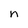
Character: n